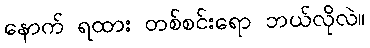
နောက် ရထား တစ်စင်းရော ဘယ်လိုလဲ။